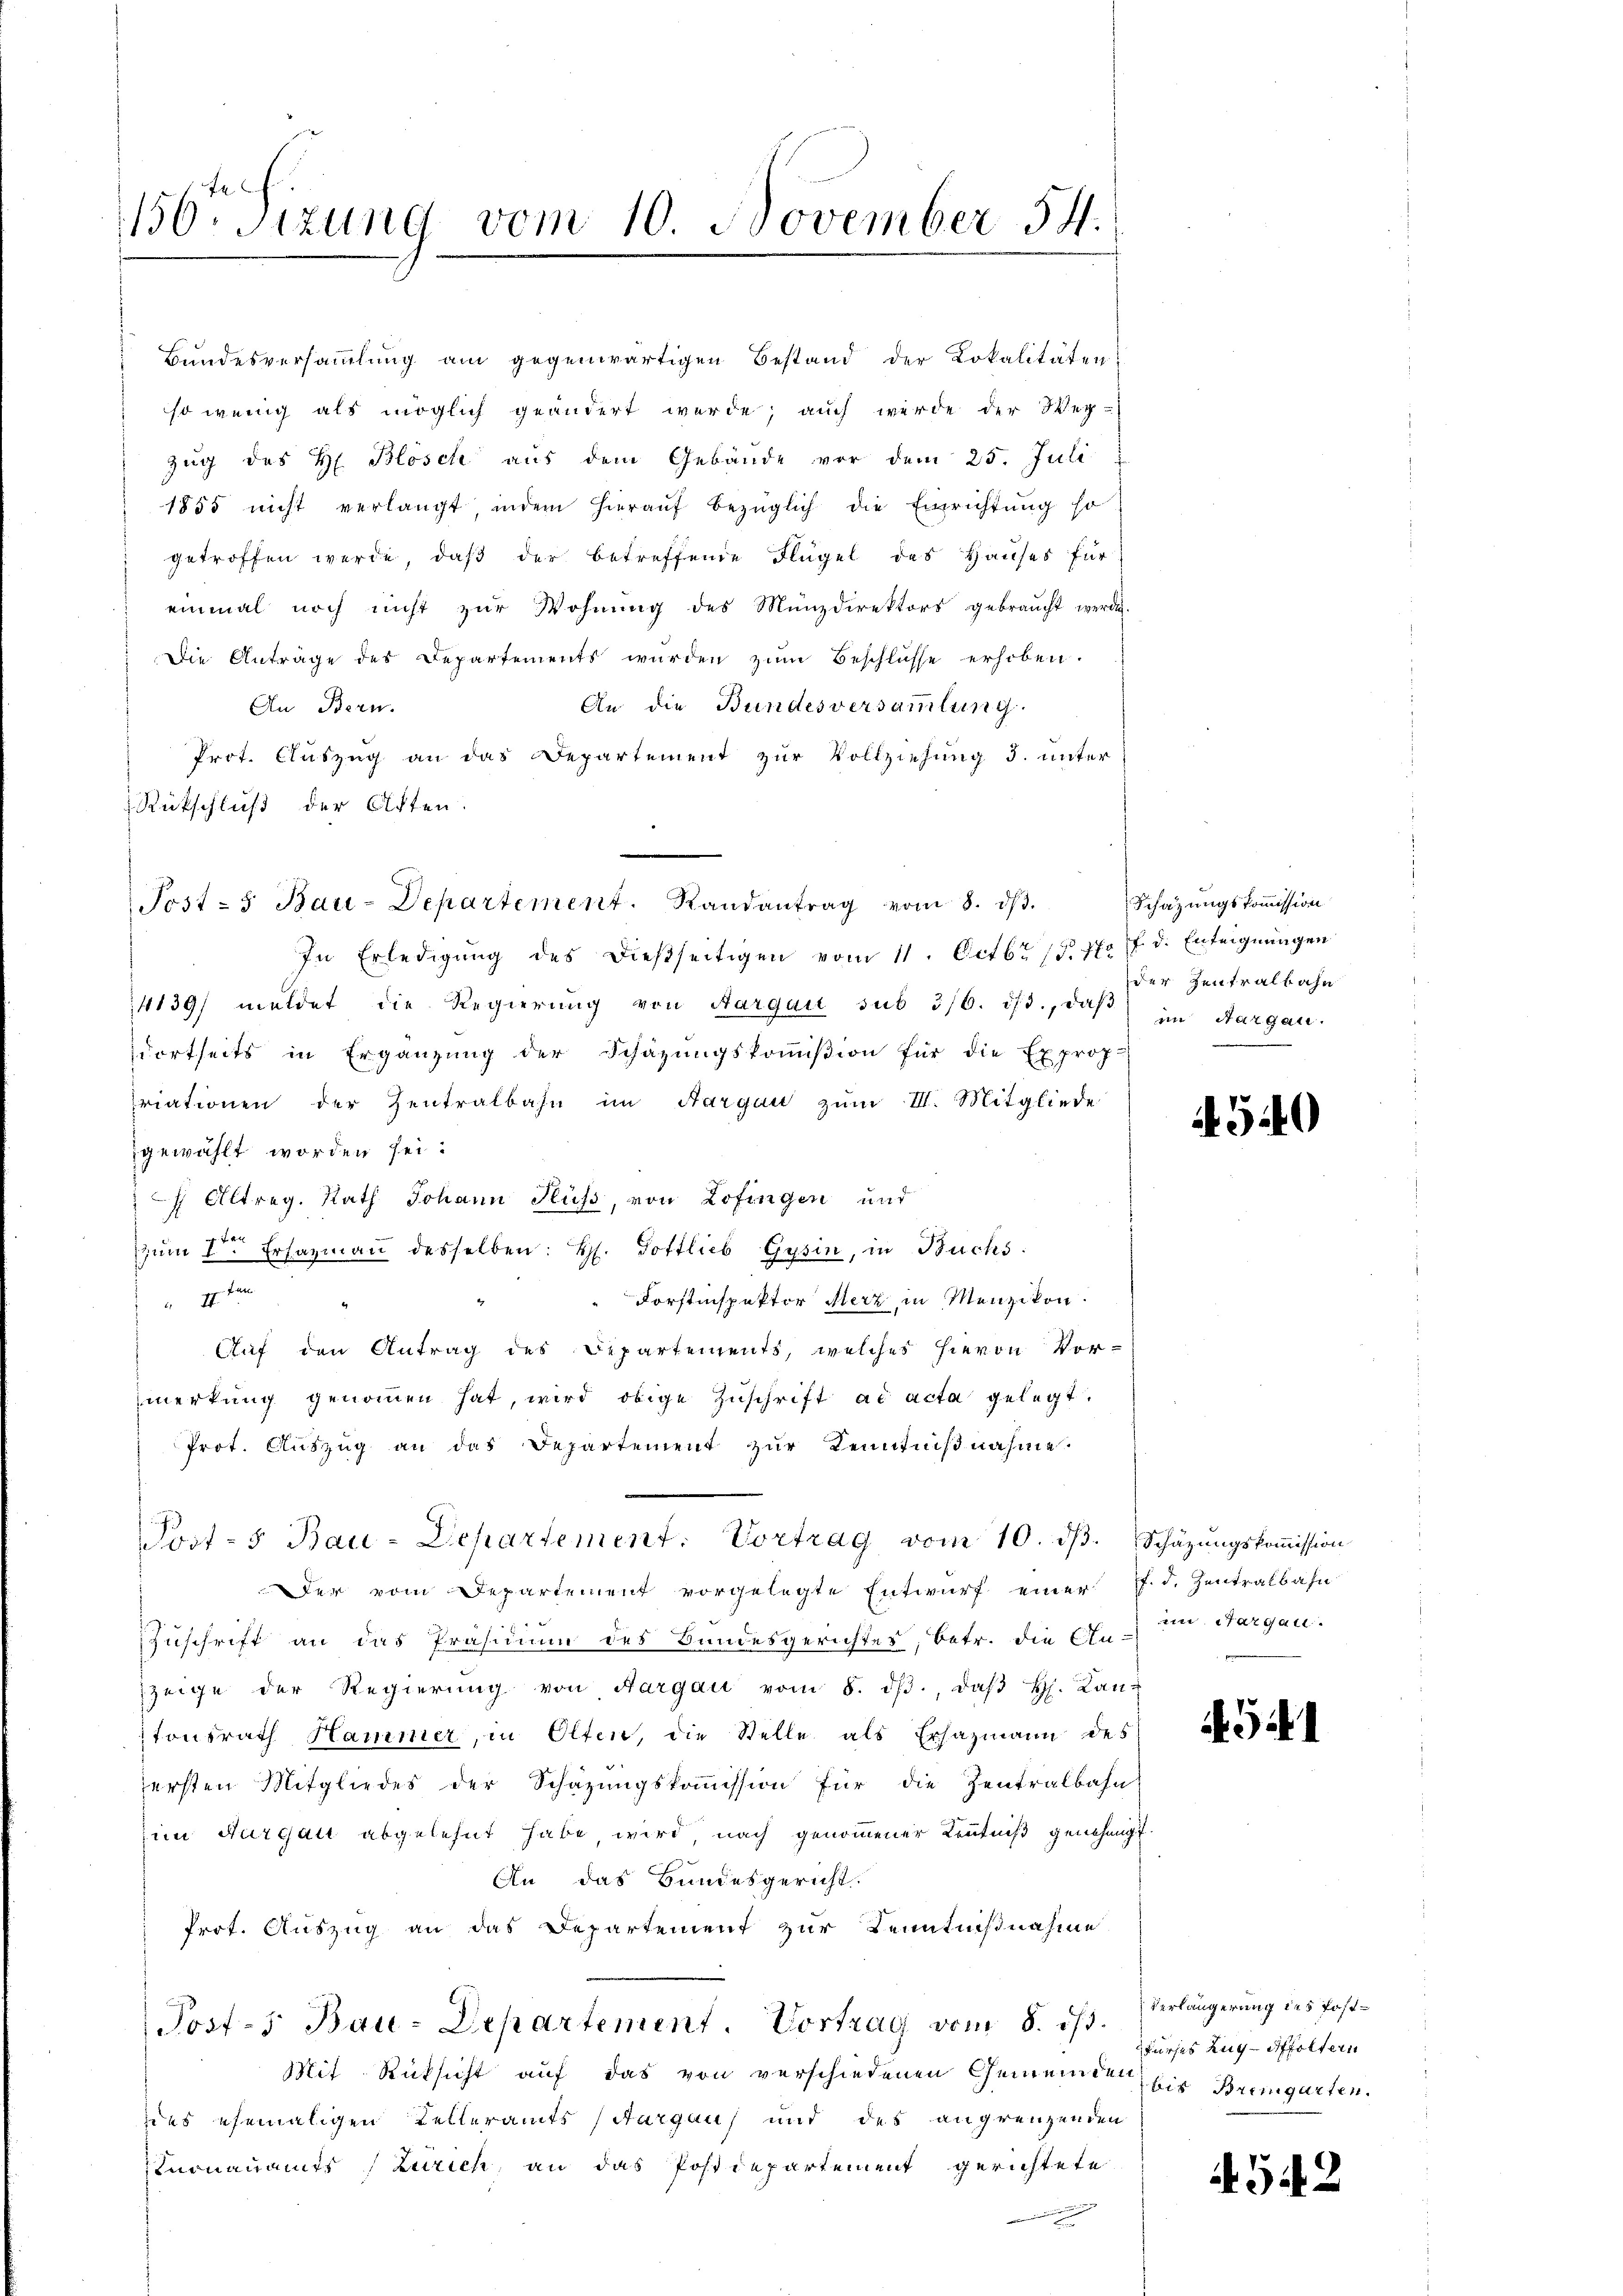
156. Sizung vom 10. November 54.

Bundesversammlung am gegenwärtigen Bestand der Lokalitäten
so wenig als möglich geändert werde; auch werde der Weg-
Zug des H. Blösch aus dem Gebäude vor dem 25. Juli
1855 nicht verlangt indem hieraŭf bezüglich die Einrichtung so
getroffen werde, daβ der betreffende Flügel des Hauses für
einmal noch nicht zur Wohnung des Münzdirektors gebraucht werde.
Die Anträge des Departements würden zŭm Beschlüsse erhoben.
An die Bundesversammlung.
An Bern.
Prot. Auszug an das Departement zur Vollziehung 3. unter
Rückschluß der Akten.
In Erledigŭng des dießseitigen vom 11. Octbr. 15. 762 f. d. Enteignungen
4139/ meldet die Regierŭng von Aargau sub 316. 1/3., daβ im Aargau
dortseits in Ergänzŭng der Schazungskoṁision für die Exprop.
riationen der Zentralbahn im Aargau zum III. Mitgliede
gewählt worden sei.
 Altreg. Rath Johann Fluss, von Zofingen und
zŭm 1ten Ersazmann desselben: H. Gottlieb Gysin, in Buchs:
Forstinspektor Merz in Menzikon.

Auf den Antrag des Departements, welches hievon Vor-
merkung genoṁen hat, wird obige Zuschrift ad acta gelegt.
Prot. Auszug an das Departement zur Kenntnißnahme.
Post-5 Bau-Departement: Vortrag vom 10. dβ. Schäzŭngskoṁission
Der vom Departement vorgelegte Entwurf einer J. d. Zentralbahn
Zuschrift an das Präsidium des Bundesgerichtes, betr. die An-
zeige der Regierŭng von Aargau vom 8. dβ., daβ H. Laur
tonsrath Hammer, in Olten, die Stelle als Ersazmann des
ersten Mitgliedes der Schazungskoṁission für die Zentralbahn
im Thurgau abgelehnt habe wird, nach genommener Kenntniß genehmigt.
An das Bundesgericht.
Prot. Auszug an das Departement zur Kenntnißnahme
Post-5 Bau-Departement. Vortrag vom 8. ds. Verlängerung des Post¬
Mit Rücksicht auf das von verschiedenen Gemeinden
zius ehemaligen Kelleramts Sargau und des angrenzenden
Knonauamts Zürich, an das Postdepartement gerichtete

.
Post - Bau-Departement. Randantrag vom 8. dβ.

Schazungskommission
der Zentralbahn

540

ein Sargau.

454

furses Zug-Affoltern
bis Bremgarten.

542